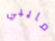
مايبي